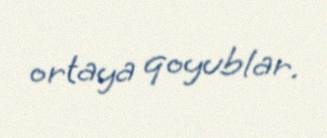
ortaya qoyublar.